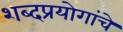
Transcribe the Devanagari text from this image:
शब्दप्रयोगांचे